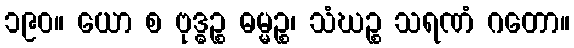
၁၉၀။ ယော စ ဗုဒ္ဓဉ္စ ဓမ္မဉ္စ၊ သံဃဉ္စ သရဏံ ဂတော။